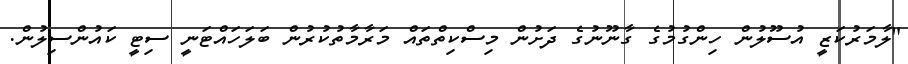
"ލާމަރުކަޒީ އުސޫލުން ހިންގުމުގެ ގާނޫނުގެ ދަށުން މިސްކިތްތައް މަރާމާތުކުރުން ބަލަހައްޓަނީ ސިޓީ ކައުންސިލުން.